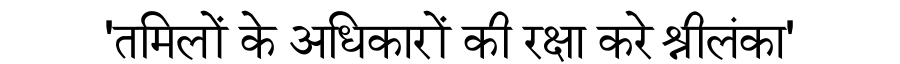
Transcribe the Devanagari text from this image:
'तमिलों के अधिकारों की रक्षा करे श्रीलंका'